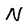
Character: N